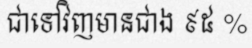
ជាទៅវិញមានជាង ៩៥ %